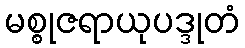
မစ္စုဇရာယုပဒ္ဒုတံ